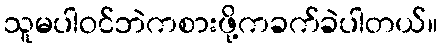
သူမပါဝင်ဘဲကစားဖို့ကခက်ခဲပါတယ်။